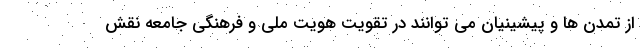
از تمدن ها و پیشینیان می توانند در تقویت هویت ملی و فرهنگی جامعه نقش